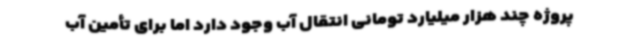
پروژه چند هزار میلیارد تومانی انتقال آب وجود دارد اما برای تأمین آب